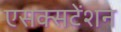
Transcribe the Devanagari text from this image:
एसक्सटेंशन